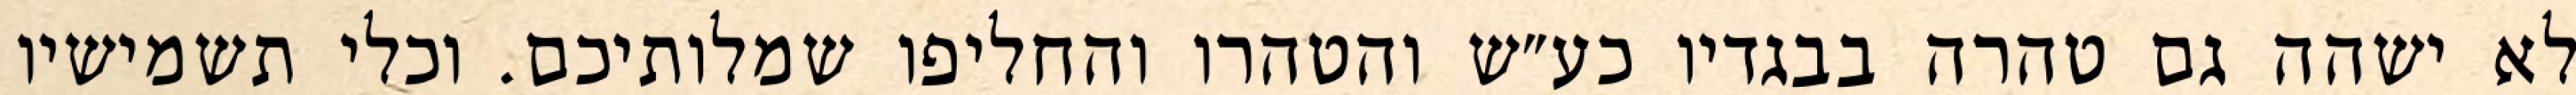
לא ישהה גם טהרה בבגדיו כע״ש והטהרו והחליפו שמלותיכם. וכלי תשמישיו